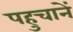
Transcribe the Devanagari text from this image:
पहुचानें